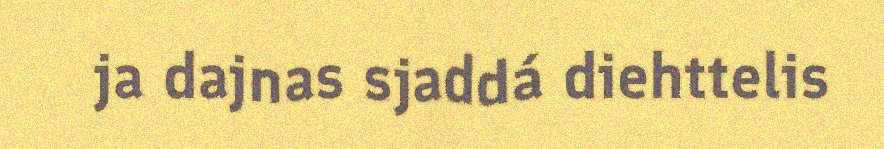
ja dajnas sjaddá diehttelis